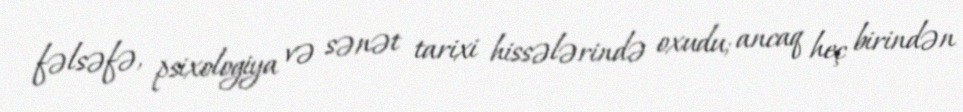
fəlsəfə, psixologiya və sənət tarixi hissələrində oxudu; ancaq heç birindən